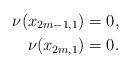
LaTeX: \begin{align*}\nu(x_{2m-1,1}) &=0,\\\nu(x_{2m,1}) &=0.\end{align*}